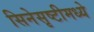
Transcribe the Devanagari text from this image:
सिनेसृष्टीमध्ये